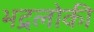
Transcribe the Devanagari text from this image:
भद्रलोकी